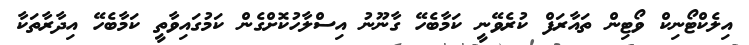
އިލެކްޓޯނިކް ވޯޓިން ތައާރަފް ކުރެވޭނީ ކަމާބެހޭ ގާނޫނު އިސްލާހުކޮށްގެން ކަމުގައިވާތީ ކަމާބެހޭ އިދާރާތަކާ